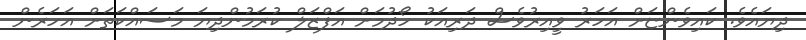
ދިޔައެވެ. ކައިވެންޏަށް އަހަރު ވީއިރުވެސް ދަރިއަކު ހޯދުމަށް އަފްޒަލް ކުރަމުންދިޔަ މަސައްކަތަށް އަހަރެން